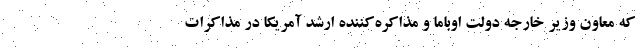
که معاون وزیر خارجه دولت اوباما و مذاکره‌کننده ارشد آمریکا در مذاکرات